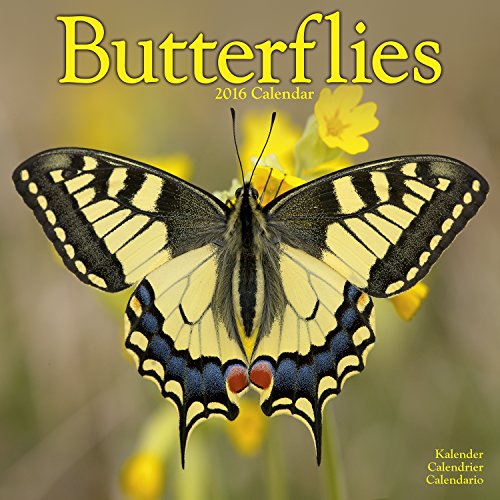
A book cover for Butterflies Calendar - 2016 Wall calendars - Animal Calendar - Monthly Wall Calendar by Avonside; MegaCalendars; Calendars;